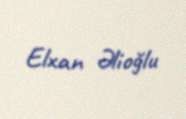
Elxan Əlioğlu